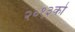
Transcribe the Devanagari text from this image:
२०१३को